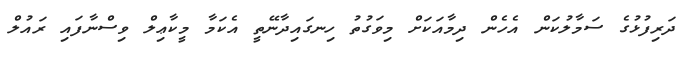
ދަރިފުޅުގެ ސަމާލުކަން އެހެން ދިމާއަކަށް މިވަގުތު ހިނގައިދާނޭތީ އެކަމާ މީކާޢިލް ވިސްނާފައި ރައުލް